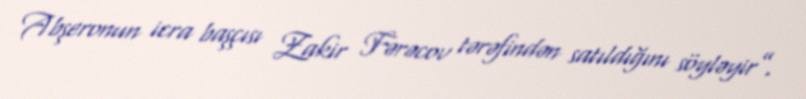
Abşeronun icra başçısı Zakir Fərəcov tərəfindən satıldığını söyləyir”.